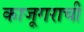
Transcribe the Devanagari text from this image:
काजूगराची